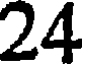
24